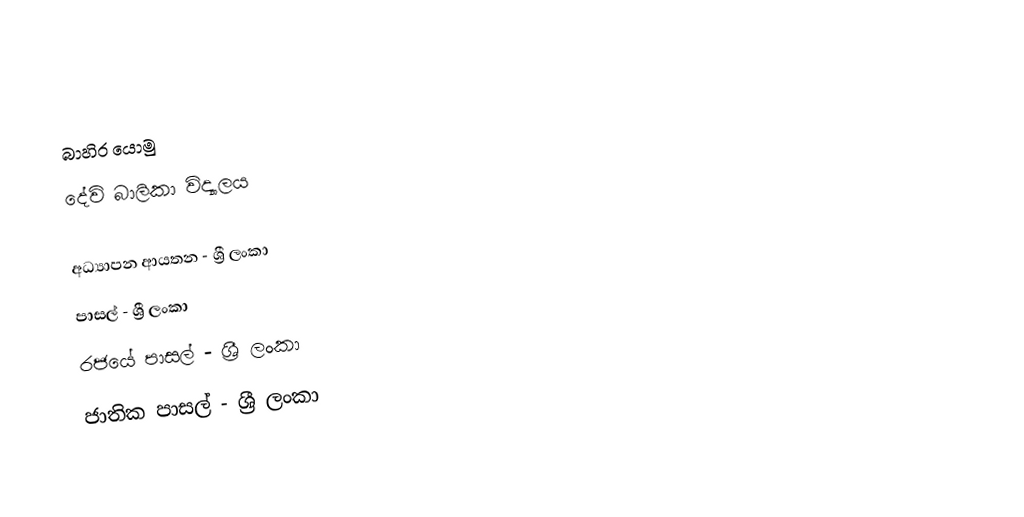

බාහිර යොමු
දේවි බාලිකා විද්‍යාලය

අධ්‍යාපන ආයතන - ශ්‍රී ලංකා
පාසල් - ශ්‍රී ලංකා
රජයේ පාසල් - ශ්‍රී ලංකා
ජාතික පාසල් - ශ්‍රී ලංකා